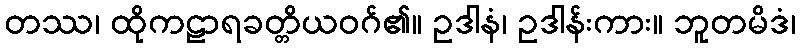
တဿ၊ ထိုကဠာရခတ္တိယဝဂ်၏။ ဥဒါနံ၊ ဥဒါန်းကား။ ဘူတမိဒံ၊